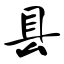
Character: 县